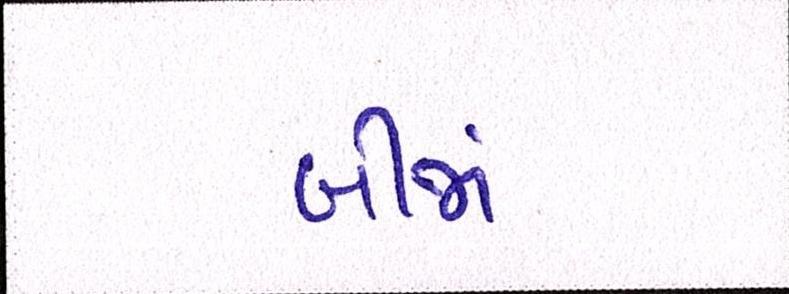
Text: બીજાં